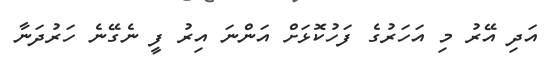
އަދި އޭރު މި އަހަރުގެ ފަހުކޮޅަށް އަންނަ އިރު ފީ ނެގޭނެ ހަރުދަނާ